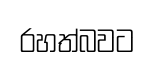
රහත්බවට